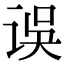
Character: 误